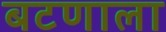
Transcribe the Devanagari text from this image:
बटणाला